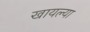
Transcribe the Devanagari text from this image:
खायल्या